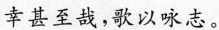
幸甚至哉，歌以咏志。